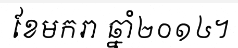
ខែមករា ឆ្នាំ២០១៤។